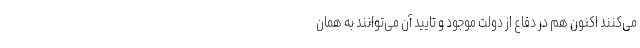
می‌كنند اكنون هم در دفاع از دولت موجود و تایید آن می‌توانند به همان